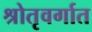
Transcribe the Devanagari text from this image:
श्रोतृवर्गात